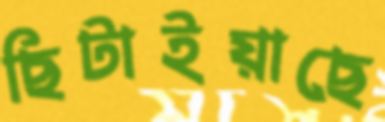
ছিটাইয়াছে